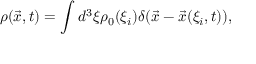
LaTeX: \rho ( \vec { x } , t ) = \int d ^ { 3 } \xi \rho _ { 0 } ( \xi _ { i } ) \delta ( \vec { x } - \vec { x } ( \xi _ { i } , t ) ) ,